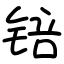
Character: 锫